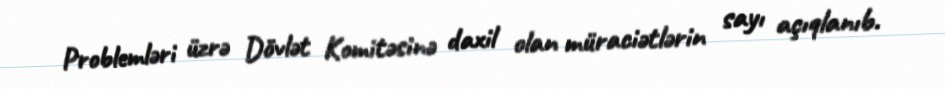
Problemləri üzrə Dövlət Komitəsinə daxil olan müraciətlərin sayı açıqlanıb.